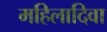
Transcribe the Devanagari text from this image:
महिलादिवा